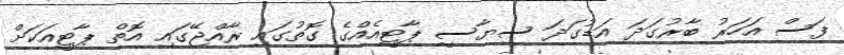
ފަސް އަހަރު ބާރުގަދަ އަޑުގަދަ ސިޔާސީ ޕާޓީއެއްގެ ގޮތުގައި ރާއްޖޭގައި އޮތް ޕާޓީއަކަށް